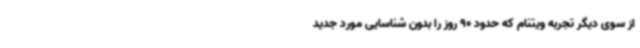
از سوی دیگر تجربه ویتنام که حدود 90 روز را بدون شناسایی مورد جدید